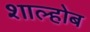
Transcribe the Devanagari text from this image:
शाल्होब